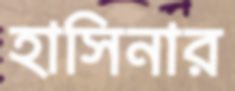
হাসিনার